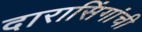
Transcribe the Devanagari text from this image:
दारासिंगांची